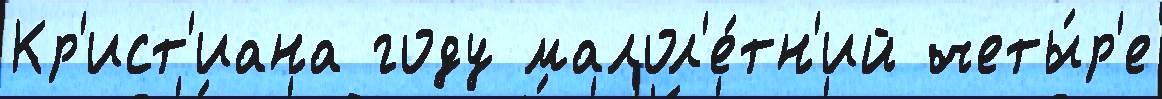
Кр'ист'иана году малол'е́тн'ий четы́р'е